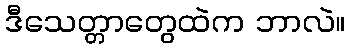
ဒီသေတ္တာတွေထဲက ဘာလဲ။